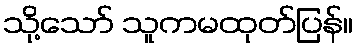
သို့သော် သူကမထုတ်ပြန်။